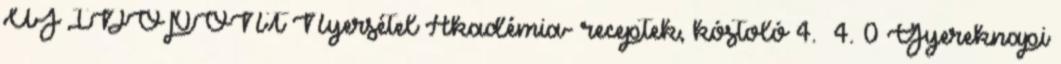
ÚJ IDŐPONT Nyersétel Akadémia- receptek, kóstoló 4. 4. 0 Gyereknapi